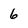
Character: 6